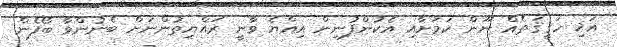
އަޚި ހަޤީޤަތެއް ނޫން ކަމަށާއި އެކުންފުނިން އިއްޔެ ވާނީ ރައްޔިތުންނަށް ބެނުންވާ ބޯފެން